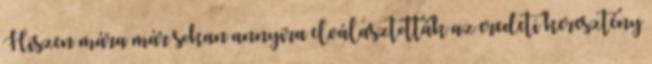
Hiszen mára már sokan annyira elválasztották az eredeti keresztény